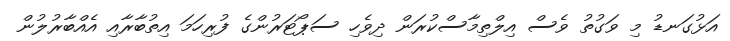
އަޅުގަނޑު މި ވަގުތު ވެސް އިލްތިމާސްކުރަން ދިވެހި ސަޕޯޓަރުންގެ ފުރިހަމަ އިތުބާރާއި އެއްބާރުލުން